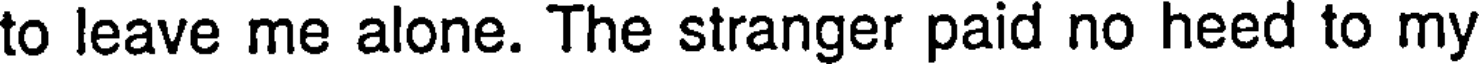
to leave me alone. The stranger paid no heed to my